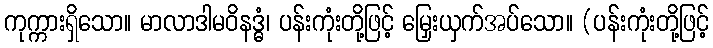
ကုက္ကားရှိသော။ မာလာဒါမဝိနဒ္ဓံ၊ ပန်းကုံးတို့ဖြင့် မြှေးယှက်အပ်သော။ (ပန်းကုံးတို့ဖြင့်